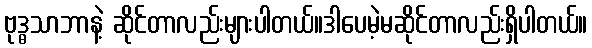
ဗုဒ္ဓသာဘာနဲ့ ဆိုင်တာလည်းများပါတယ်။ဒါပေမဲ့မဆိုင်တာလည်းရှိပါတယ်။